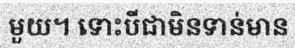
មួយ។ ទោះបីជាមិនទាន់មាន